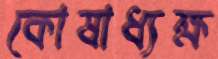
কোষাধ্যক্ষ